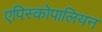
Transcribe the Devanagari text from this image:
एपिस्कोपालियन